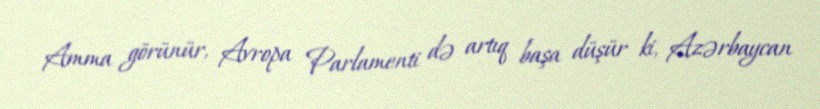
Amma görünür, Avropa Parlamenti də artıq başa düşür ki, Azərbaycan